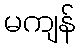
မကျန်